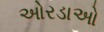
ઓરડાઓ